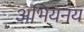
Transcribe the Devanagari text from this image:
अभियनय